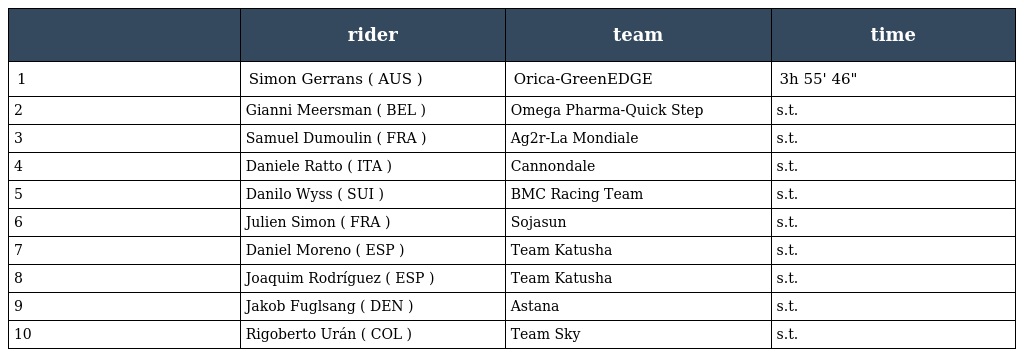
|  | rider | team | time |
 | --- | --- | --- | --- |
 | 1 | Simon Gerrans ( AUS ) | Orica-GreenEDGE | 3h 55' 46" |
 | 2 | Gianni Meersman ( BEL ) | Omega Pharma-Quick Step | s.t. |
 | 3 | Samuel Dumoulin ( FRA ) | Ag2r-La Mondiale | s.t. |
 | 4 | Daniele Ratto ( ITA ) | Cannondale | s.t. |
 | 5 | Danilo Wyss ( SUI ) | BMC Racing Team | s.t. |
 | 6 | Julien Simon ( FRA ) | Sojasun | s.t. |
 | 7 | Daniel Moreno ( ESP ) | Team Katusha | s.t. |
 | 8 | Joaquim Rodríguez ( ESP ) | Team Katusha | s.t. |
 | 9 | Jakob Fuglsang ( DEN ) | Astana | s.t. |
 | 10 | Rigoberto Urán ( COL ) | Team Sky | s.t. |